Vaccination in Bombay 1924-1928 - 1924-1928
Year: 1924
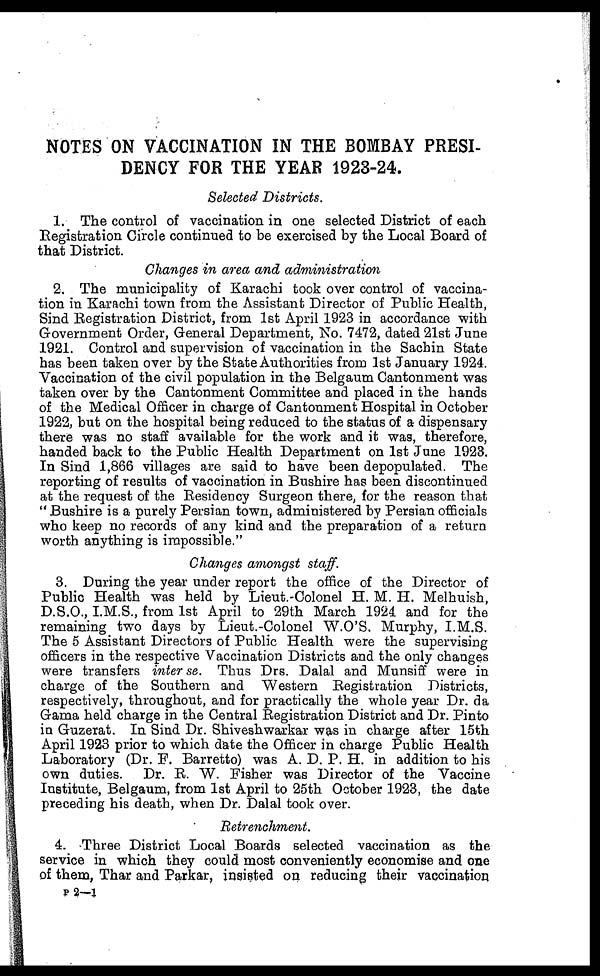
NOTES ON VACCINATION IN THE BOMBAY PRESI-
DENCY FOR THE YEAR 1923-24.
Selected Districts.
1. The control of vaccination in one selected District of each
Registration Circle continued to be exercised by the Local Board of
that District.
Changes in area and administration
2. The municipality of Karachi took over control of vaccina-
tion in Karachi town from the Assistant Director of Public Health,
Sind Registration District, from 1st April 1923 in accordance with
Government Order, General Department, No. 7472, dated 21st June
1921. Control and supervision of vaccination in the Sachin State
has been taken over by the State Authorities from 1st January 1924.
Vaccination of the civil population in the Belgaum Cantonment was
taken over by the Cantonment Committee and placed in the hands
of the Medical Officer in charge of Cantonment Hospital in October
1922, but on the hospital being reduced to the status of a dispensary
there was no staff available for the work and it was, therefore,
handed back to the Public Health Department on 1st June 1923.
In Sind 1,866 villages are said to have been depopulated. The
reporting of results of vaccination in Bushire has been discontinued
at the request of the Residency Surgeon there, for the reason that
" Bushire is a purely Persian town, administered by Persian officials
who keep no records of any kind and the preparation of a return
worth anything is impossible."
Changes amongst staff.
3. During the year under report the office of the Director of
Public Health was held by Lieut.-Colonel H. M. H. Melhuish,
D.S.O., I.M.S., from 1st April to 29th March 1924 and for the
remaining two days by Lieut.-Colonel W.O'S. Murphy, I.M.S.
The 5 Assistant Directors of Public Health were the supervising
officers in the respective Vaccination Districts and the only changes
were transfers inter se. Thus Drs. Dalal and Munsiff were in
charge of the Southern and Western Registration Districts,
respectively, throughout, and for practically the whole year Dr. da
Gama held charge in the Central Registration District and Dr. Pinto
in Guzerat. In Sind Dr. Shiveshwarkar was in charge after 15th
April 1923 prior to which date the Officer in charge Public Health
Laboratory (Dr. F. Barretto) was A. D. P. H. in addition to his
own duties. Dr. R. W. Fisher was Director of the Vaccine
Institute, Belgaum, from 1st April to 25th October 1923, the date
preceding his death, when Dr. Dalal took over.
Retrenchment.
4. Three District Local Boards selected vaccination as the
service in which they could most conveniently economise and one
of them, Thar and Parkar, insisted on reducing their vaccination
P 2—1